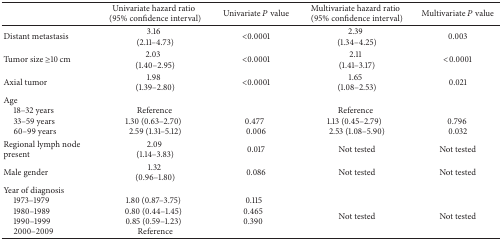
<table><thead><tr><td><b> </b></td><td><b>Univariate hazard ratio(95% confidence interval)</b></td><td><b>Univariate <i>P</i> value</b></td><td><b>Multivariate hazard ratio(95% confidence interval)</b></td><td><b>Multivariate <i>P</i> value</b></td></tr></thead><tbody><tr><td>Distant metastasis</td><td>3.16(2.11–4.73)</td><td>&lt;0.0001</td><td>2.39(1.34–4.25)</td><td>0.003</td></tr><tr><td>Tumor size ≥10 cm</td><td>2.03(1.40–2.95)</td><td>&lt;0.0001</td><td>2.11(1.41–3.17)</td><td>&lt;0.0001</td></tr><tr><td>Axial tumor</td><td>1.98(1.39–2.80)</td><td>&lt;0.0001</td><td>1.65(1.08–2.53)</td><td>0.021</td></tr><tr><td>Age18–32 years 33–59 years 60–99 years</td><td>Reference 1.30 (0.63–2.70)2.59 (1.31–5.12)</td><td>0.4770.006</td><td>Reference1.13 (0.45–2.79) 2.53 (1.08–5.90)</td><td>0.796 0.032</td></tr><tr><td>Regional lymph node present</td><td>2.09(1.14–3.83)</td><td>0.017</td><td>Not tested</td><td>Not tested</td></tr><tr><td>Male gender</td><td>1.32(0.96–1.80)</td><td>0.086</td><td>Not tested</td><td>Not tested</td></tr><tr><td>Year of diagnosis 1973–1979 1980–1989 1990–1999 2000–2009</td><td>1.80 (0.87–3.75)0.80 (0.44–1.45)0.85 (0.59–1.23)Reference</td><td>0.1150.465 0.390 </td><td> Not tested</td><td>Not tested</td></tr></tbody></table>